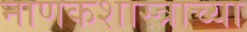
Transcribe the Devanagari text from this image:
नाणकशास्त्राच्या